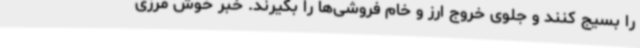
را بسیج کنند و جلوی خروج ارز و خام فروشی‌ها را بگیرند. خبر خوش مرزی